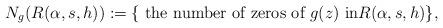
LaTeX: \begin{align*}N_g(R(\alpha,s,h)):=\{\mbox{ the number of zeros of }g(z)\mbox{ in}R(\alpha,s,h)\},\end{align*}